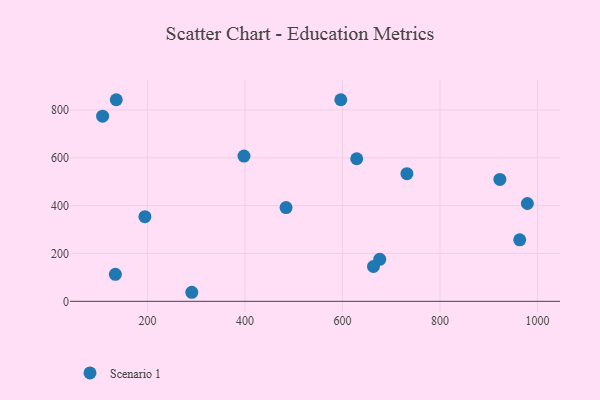
{"axis": {"x": "Ad Spend", "y": "Exam Score"}, "legend": ["Scenario 1"], "data": [{"x": "676.4", "y": 175.4, "type": "Scenario 1"}, {"x": "194.6", "y": 353.9, "type": "Scenario 1"}, {"x": "922.9", "y": 509.7, "type": "Scenario 1"}, {"x": "629.2", "y": 595.9, "type": "Scenario 1"}, {"x": "484.2", "y": 392.0, "type": "Scenario 1"}, {"x": "135.9", "y": 842.5, "type": "Scenario 1"}, {"x": "979.3", "y": 409.0, "type": "Scenario 1"}, {"x": "107.9", "y": 774.1, "type": "Scenario 1"}, {"x": "663.5", "y": 145.6, "type": "Scenario 1"}, {"x": "732.2", "y": 533.5, "type": "Scenario 1"}, {"x": "290.8", "y": 37.8, "type": "Scenario 1"}, {"x": "134.0", "y": 112.9, "type": "Scenario 1"}, {"x": "397.9", "y": 607.0, "type": "Scenario 1"}, {"x": "596.5", "y": 842.7, "type": "Scenario 1"}, {"x": "963.6", "y": 257.2, "type": "Scenario 1"}]}